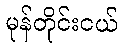
မုန်တိုင်းငယ်